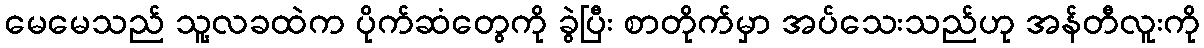
မေမေသည် သူ့လခထဲက ပိုက်ဆံတွေကို ခွဲပြီး စာတိုက်မှာ အပ်သေးသည်ဟု အန်တီလူးကို